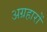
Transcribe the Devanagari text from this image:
अग्रहारों